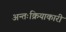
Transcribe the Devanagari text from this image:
अन्तःक्रियाकारी